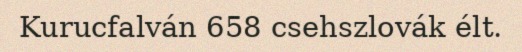
Kurucfalván 658 csehszlovák élt.